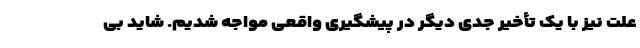
علت نیز با یک تأخیر جدی دیگر در پیشگیری واقعی مواجه شدیم. شاید بی